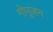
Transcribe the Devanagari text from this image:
गोपूजन